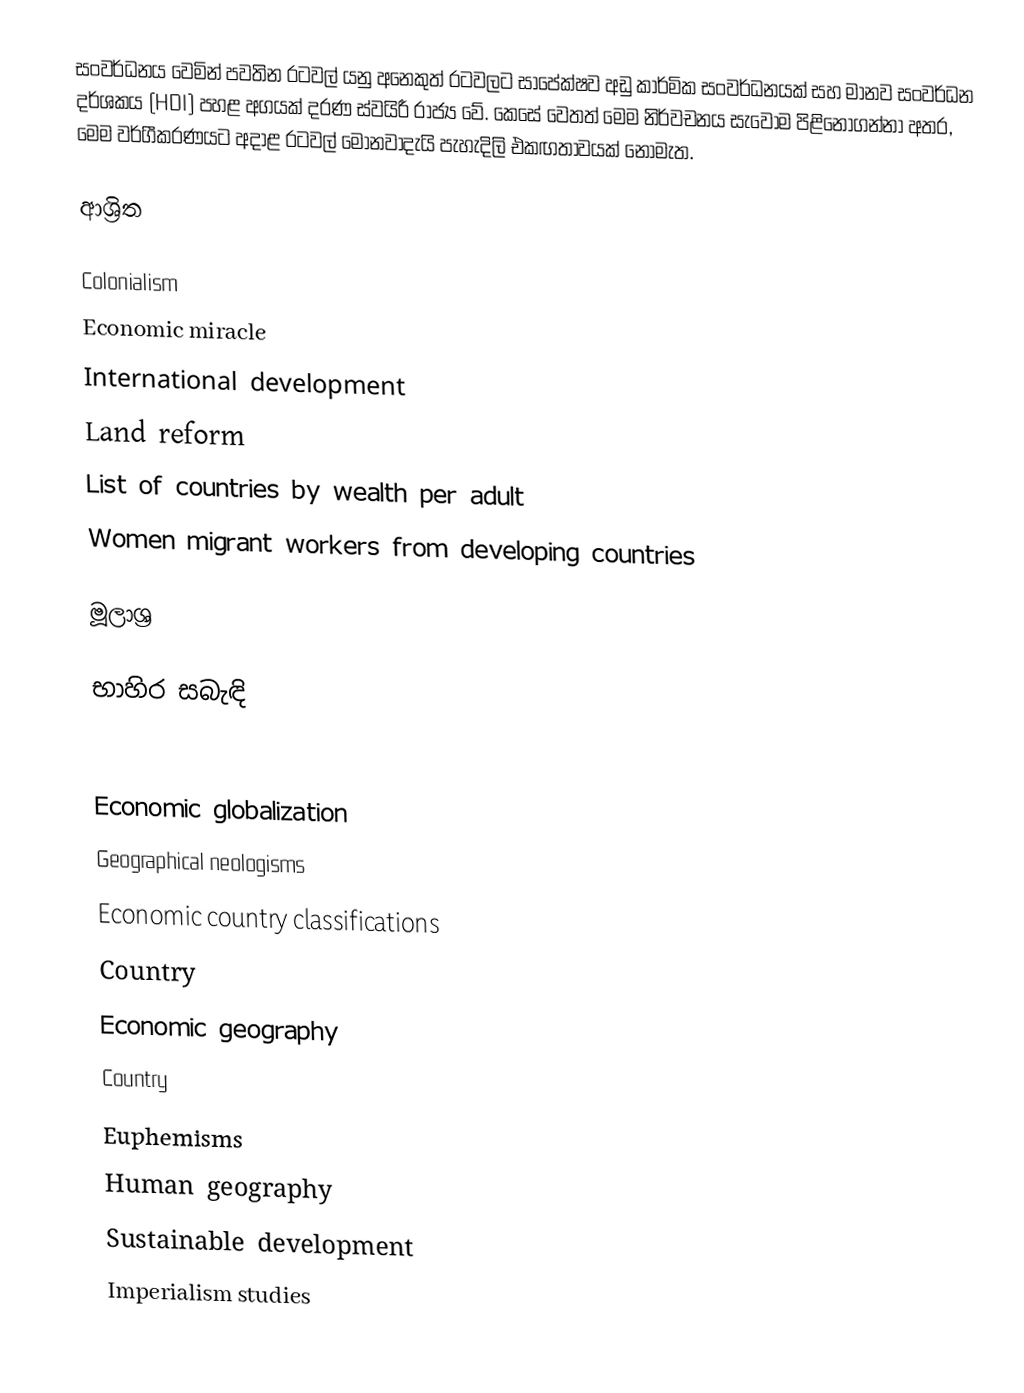
සංවර්ධනය වෙමින් පවතින රටවල් යනු අනෙකුත් රටවලට සාපේක්ෂව අඩු කාර්මික සංවර්ධනයක් සහ මානව සංවර්ධන දර්ශකය (HDI) පහළ අගයක් දරණ ස්වයිරී රාජ්‍ය වේ. කෙසේ වෙතත් මෙම නිර්වචනය සැවොම පිළිනොගන්නා අතර, මෙම වර්ගීකරණයට අදාළ රටවල් මොනවාදැයි පැහැදිලි එකඟතාවයක් නොමැත.

ආශ්‍රිත

Colonialism
Economic miracle
International development
Land reform
List of countries by wealth per adult
Women migrant workers from developing countries

මූලාශ්‍ර

භාහිර සබැඳි

Economic globalization
Geographical neologisms
Economic country classifications
Country
Economic geography
Country
Euphemisms
Human geography
Sustainable development
Imperialism studies